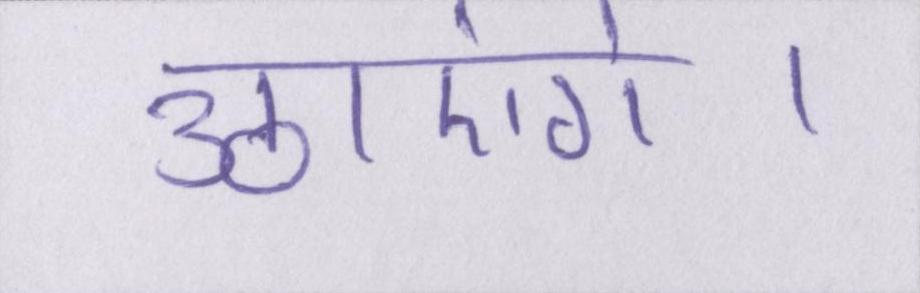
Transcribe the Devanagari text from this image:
उठाएंगे।